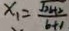
x _ { 1 } = \frac { \sqrt { 2 b + 2 } } { b + 1 }